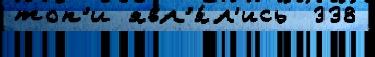
топ'и явл'я́л'ись  338